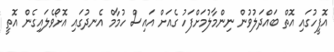
އޮފީހުގައި އޮތް ބައްދަލުވުން ނިންމާލުމަށްފަހު ގެއަށް އައިސް ހުމާމް އެނދުގައި އޮށޯވެލައިގެން އޮތީ